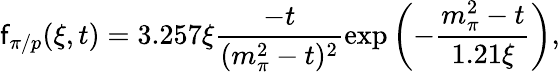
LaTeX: \mathsf{f}_{\pi/p}(\xi,t)=3.257\xi\frac{{-t}}{{(m_{\pi}^{2}-t)^{2}}}\exp\left(-\frac{{m_{\pi}^{2}-t}}{{1.21\xi}}\right),